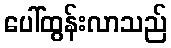
ပေါ်ထွန်းလာသည်